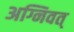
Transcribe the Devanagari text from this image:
अग्निवत्